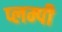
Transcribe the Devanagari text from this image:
प्लम्पी